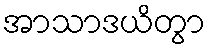
အာသာဒယိတွာ